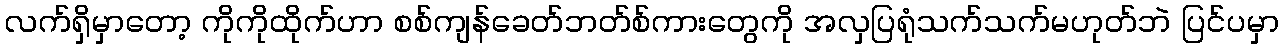
လက်ရှိမှာတော့ ကိုကိုထိုက်ဟာ စစ်ကျန်ခေတ်ဘတ်စ်ကားတွေကို အလှပြရုံသက်သက်မဟုတ်ဘဲ ပြင်ပမှာ